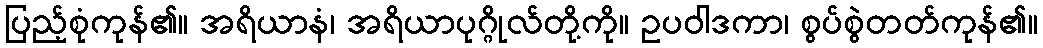
ပြည့်စုံကုန်၏။ အရိယာနံ၊ အရိယာပုဂ္ဂိုလ်တို့ကို။ ဥပဝါဒကာ၊ စွပ်စွဲတတ်ကုန်၏။